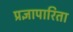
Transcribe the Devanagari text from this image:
प्रज्ञापारिता